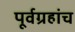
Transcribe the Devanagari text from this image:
पूर्वग्रहांच